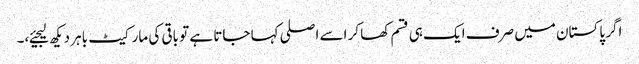
اگر پاکستان میں صرف ایک ہی قسم کھا کر اسے اصلی کہا جاتا ہے تو باقی کی مارکیٹ باہر دیکھ لیجیئے،۔